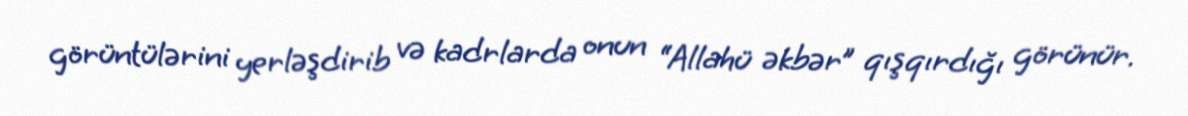
görüntülərini yerləşdirib və kadrlarda onun “Allahü əkbər” qışqırdığı görünür.